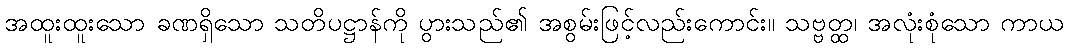
အထူးထူးသော ခဏရှိသော သတိပဋ္ဌာန်ကို ပွားသည်၏ အစွမ်းဖြင့်လည်းကောင်း။ သဗ္ဗတ္ထ၊ အလုံးစုံသော ကာယ